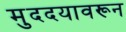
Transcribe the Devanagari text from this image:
मुददयावरून